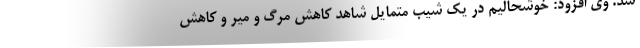
شد. وی افزود: خوشحالیم در یک شیب متمایل شاهد کاهش مرگ و میر و کاهش